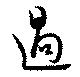
過